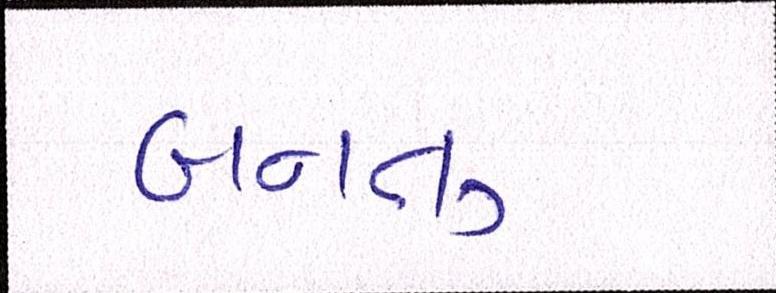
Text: બનતુ